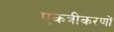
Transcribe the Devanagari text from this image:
एकत्रीकरणों